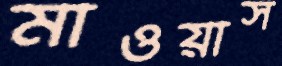
মাওয়াস